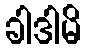
ခါဒါမိ